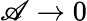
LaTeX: \mathscr{A}\rightarrow0